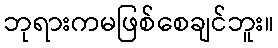
ဘုရားကမဖြစ်စေချင်ဘူး။